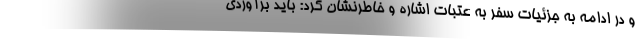
و در ادامه به جزئیات سفر به عتبات اشاره و خاطرنشان کرد: باید برآوردی